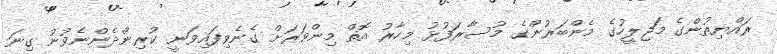
ރައްޔިތުންގެ މަޖިލީހުގެ މެންބަރުންގެ މުސާރަފުޅު މިހާރު އޮތް މިންވަރަށް ގެނެވިފައިވަނީ ކުރިންދެންނެވުނު ގިނަ